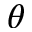
\theta